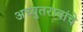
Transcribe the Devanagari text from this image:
अच्युतरावांचे